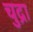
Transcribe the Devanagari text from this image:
चुद्रा